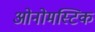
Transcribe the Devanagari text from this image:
ओनोमस्टिक